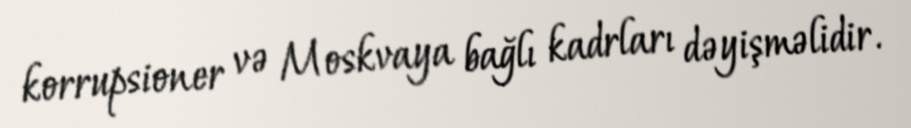
korrupsioner və Moskvaya bağlı kadrları dəyişməlidir.